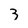
Character: 3